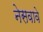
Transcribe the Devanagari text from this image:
नेसवावे